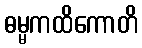
ဓမ္မကထိကောတိ